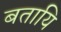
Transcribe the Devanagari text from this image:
बतायि